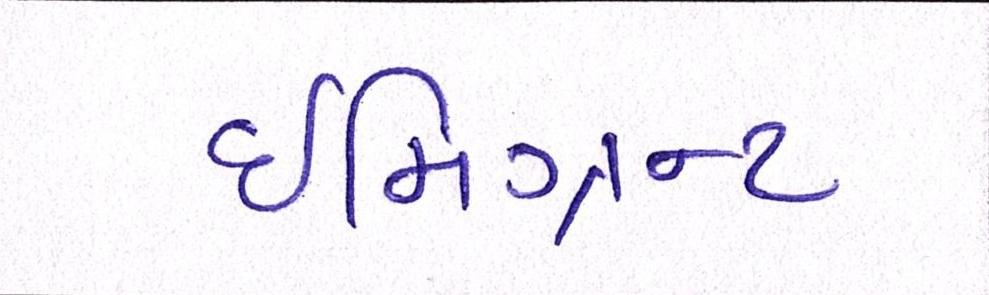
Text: ઈમિગ્રન્ટ